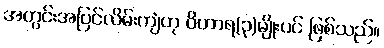
အတွင်းအပြင်လိမ်းကျံဟု ဝိဟာရ(၃)မျိုးပင် ဖြစ်သည်။